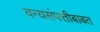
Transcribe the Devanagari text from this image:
वन्यसंपत्तीबाबत